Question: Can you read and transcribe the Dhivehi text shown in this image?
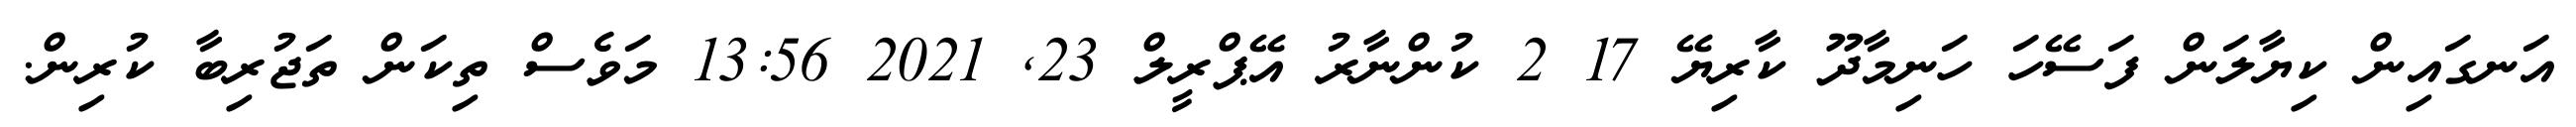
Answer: އަނގައިން ކިޔާލަން ފަސޭހަ ހަނިމާދޫ ކާރިޔޭ 17 2 ކުންނާރު އޭޕްރީލް 23, 2021 13:56 މަވެސް ތިކަން ތަޖުރިބާ ކުރިން.